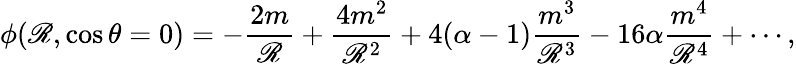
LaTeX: \phi(\mathscr{R},\cos\theta=0)=-\frac{{2m}}{{\mathscr{R}}}+\frac{{4m^{2}}}{{\mathscr{R}^{2}}}+4(\alpha-1)\frac{{m^{3}}}{{\mathscr{R}^{3}}}-16\alpha\frac{{m^{4}}}{{\mathscr{R}^{4}}}+\cdots,